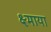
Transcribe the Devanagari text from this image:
क्ष्माया